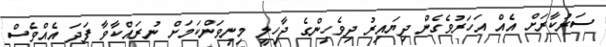
ސަރުކާރަށް އެއް އަހަރުވެގެން ދިޔައިރު ދިވެހިންގެ ދާހިލީ މިނިވަންކަމަށް ނުރައްކާވާ ފަދަ އެއްވެސް